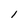
Character: l